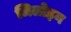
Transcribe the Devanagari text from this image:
जिलोइन